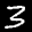
Label: 3